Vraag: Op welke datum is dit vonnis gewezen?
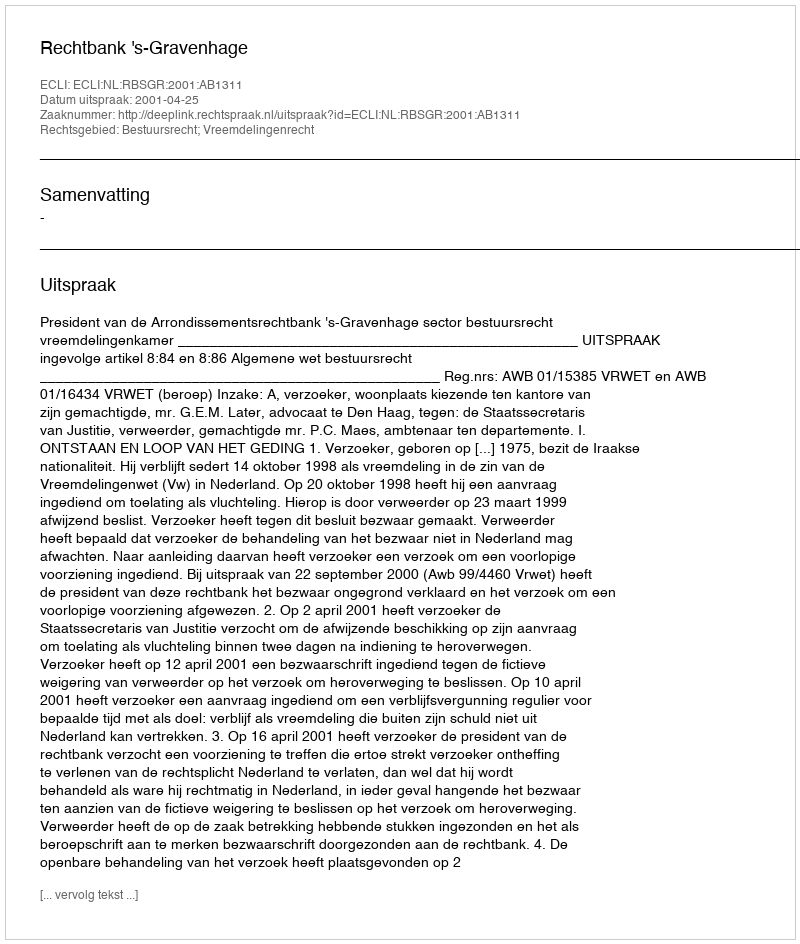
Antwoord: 2001-04-25